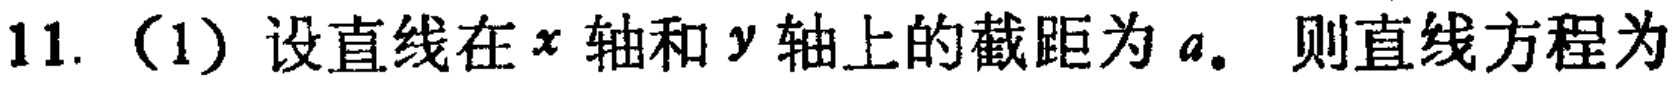
11.（1）设直线在\(x\)轴和\(y\)轴上的截距为\(a\)。则直线方程为